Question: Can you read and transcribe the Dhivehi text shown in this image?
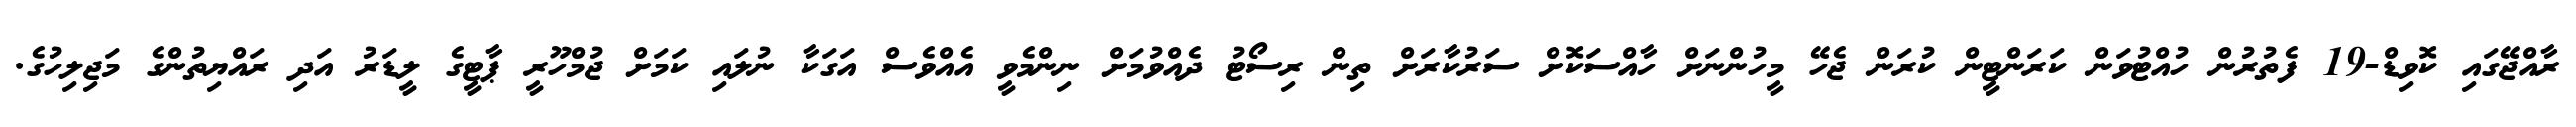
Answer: ރާއްޖޭގައި ކޮވިޑް-19 ފެތުރުން ހުއްޓުވަން ކަރަންޓީން ކުރަން ޖެހޭ މީހުންނަށް ހާއްސަކޮށް ސަރުކާރަށް ތިން ރިސޯޓު ދެއްވުމަށް ނިންމެވީ އެއްވެސް އަގަކާ ނުލައި ކަމަށް ޖުމްހޫރީ ޕާޓީގެ ލީޑަރު އަދި ރައްޔިތުންގެ މަޖިލިހުގެ.